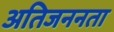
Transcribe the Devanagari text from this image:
अतिजननता